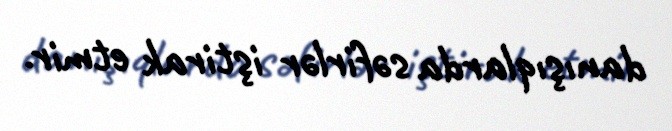
danışıqlarda səfirlər iştirak etmir.